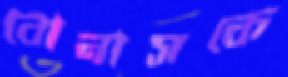
বোনাসকে